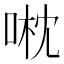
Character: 𠶍